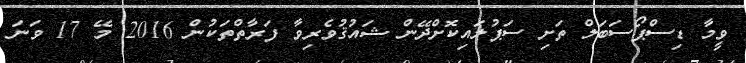
ވީމާ ޑިސްޕޯސަބަލް ތަށި ސަޕުލައިކޮށްދޭން ޝައުޤުވެރިވާ ފަރާތްތަކުން 2016 މޭ 17 ވަނަ